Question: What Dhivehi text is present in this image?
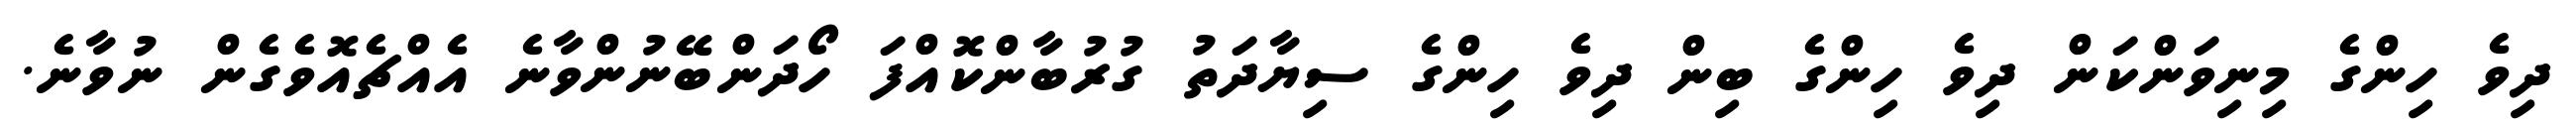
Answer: ދިވެ ހިންގެ މިނިވަންކަން ދިވެ ހިންގެ ބިން ދިވެ ހިންގެ ސިޔާދަތު ގުރުބާންކޮއްފަ ހޯދަންބޭނުންވާނެ އެއްޗެއޮވެގެން ނުވާނެ.